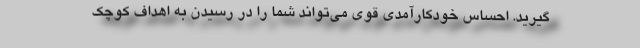
گیرید. احساس خودکارآمدی قوی می‌تواند شما را در رسیدن به اهداف کوچک